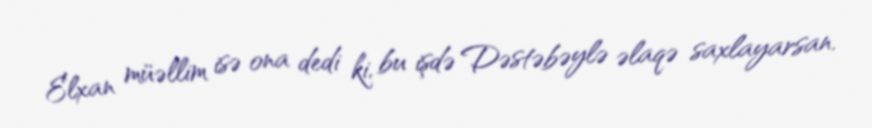
Elxan müəllim isə ona dedi ki, bu işdə Dəstəbəylə əlaqə saxlayarsan.